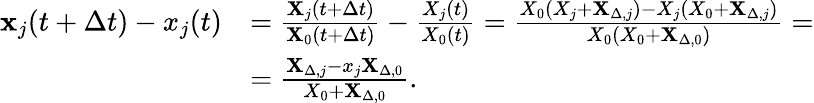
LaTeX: \begin{array}{rl}{\mathbf{x}_{j}(t+\Delta t)-x_{j}(t)}&{=\frac{\mathbf{X}_{j}(t+\Delta t)}{\mathbf{X}_{0}(t+\Delta t)}-\frac{X_{j}(t)}{X_{0}(t)}=\frac{X_{0}(X_{j}+\mathbf{X}_{\Delta,j})-X_{j}(X_{0}+\mathbf{X}_{\Delta,j})}{X_{0}(X_{0}+\mathbf{X}_{\Delta,0})}=}\\ &{=\frac{\mathbf{X}_{\Delta,j}-x_{j}\mathbf{X}_{\Delta,0}}{X_{0}+\mathbf{X}_{\Delta,0}}.}\end{array}